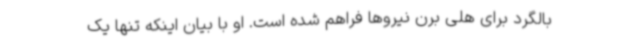
بالگرد برای هلی برن نیروها فراهم شده است. او با بیان اینکه تنها یک